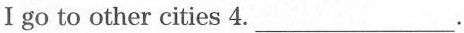
I go to other cities 4.___ .